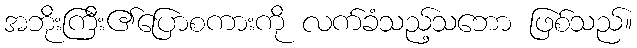
အဘိုးကြီး၏ပြောစကားကို လက်ခံသည့်သဘော ဖြစ်သည်။